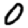
Digit: 0